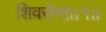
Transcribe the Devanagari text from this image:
शिवसेना।।१।।